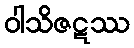
ဝါသိဇဋဿ